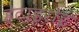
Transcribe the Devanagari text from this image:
हेटाइरोइ